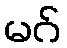
မဂ်